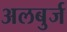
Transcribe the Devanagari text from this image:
अलबुर्ज